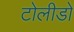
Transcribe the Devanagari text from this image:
टोलीडो